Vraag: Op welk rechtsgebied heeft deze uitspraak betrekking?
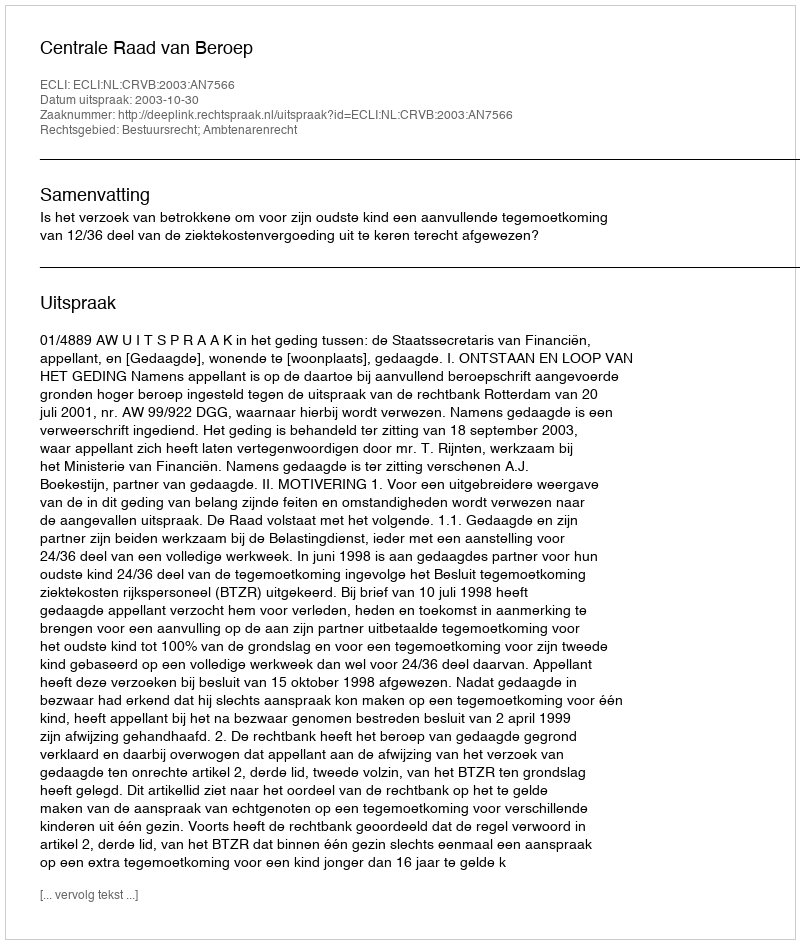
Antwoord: Bestuursrecht; Ambtenarenrecht